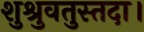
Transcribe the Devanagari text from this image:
शुश्रुवतुस्तदा।